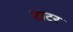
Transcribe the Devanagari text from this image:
टाटर